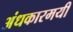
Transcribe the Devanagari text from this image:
अंधकारमयी